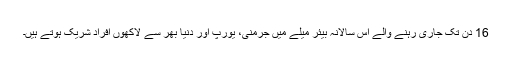
16 دن تک جاری رہنے والے اس سالانہ بیئر میلے میں جرمنی، یورپ اور دنیا بھر سے لاکھوں افراد شریک ہوتے ہیں۔